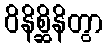
ဝိနိစ္ဆိနိတွာ